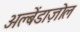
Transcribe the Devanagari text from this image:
अल्बेंडाज़ोल